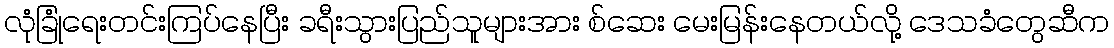
လုံခြုံရေးတင်းကြပ်နေပြီး ခရီးသွားပြည်သူများအား စ်ဆေး မေးမြန်းနေတယ်လို့ ဒေသခံတွေဆီက